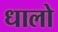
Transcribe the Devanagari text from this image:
धालो